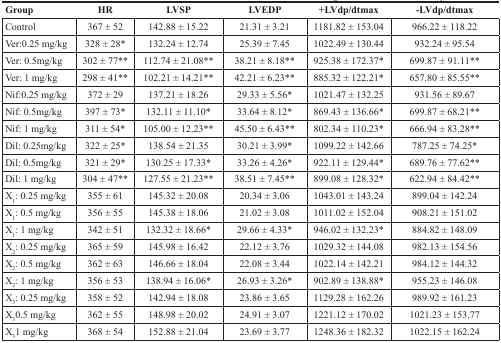
<table><thead><tr><td><b>Group</b></td><td><b>HR</b></td><td><b>LVSP</b></td><td><b>LVEDP</b></td><td><b>+LVdp/dtmax</b></td><td><b>−LVdp/dtmax</b></td></tr></thead><tbody><tr><td>Control</td><td>367 ± 52</td><td>142.88 ± 15.22</td><td>21.31 ± 3.21</td><td>1181.82 ± 153.04</td><td>966.22 ± 118.22</td></tr><tr><td>Ver:0.25 mg/kg</td><td>328 ± 28*</td><td>132.24 ± 12.74</td><td>25.39 ± 7.45</td><td>1022.49 ± 130.44</td><td>932.24 ± 95.54</td></tr><tr><td>Ver: 0.5 mg/kg</td><td>302 ± 77**</td><td>112.74 ± 21.08**</td><td>38.21 ± 8.18**</td><td>925.38 ± 172.37*</td><td>699.87 ± 91.11**</td></tr><tr><td>Ver: 1 mg/kg</td><td>298 ± 41**</td><td>102.21 ± 14.21**</td><td>42.21 ± 6.23**</td><td>885.32 ± 122.21*</td><td>657.80 ± 85.55**</td></tr><tr><td>Nif:0.25 mg/kg</td><td>372 ± 29</td><td>137.21 ± 18.26</td><td>29.33 ± 5.56*</td><td>1021.47 ± 132.25</td><td>931.56 ± 89.67</td></tr><tr><td>Nif: 0.5 mg/kg</td><td>397 ± 73*</td><td>132.11 ± 11.10*</td><td>33.64 ± 8.12*</td><td>869.43 ± 136.66*</td><td>699.87 ± 68.21**</td></tr><tr><td>Nif: 1 mg/kg</td><td>311 ± 54*</td><td>105.00 ± 12.23**</td><td>45.50 ± 6.43**</td><td>802.34 ± 110.23*</td><td>666.94 ± 83.28**</td></tr><tr><td>Dil: 0.25 mg/kg</td><td>322 ± 25*</td><td>138.54 ± 21.35</td><td>30.21 ± 3.99*</td><td>1099.22 ± 142.66</td><td>787.25 ± 74.25*</td></tr><tr><td>Dil: 0.5 mg/kg</td><td>321 ± 29*</td><td>130.25 ± 17.33*</td><td>33.26 ± 4.26*</td><td>922.11 ± 129.44*</td><td>689.76 ± 77.62**</td></tr><tr><td>Dil: 1 mg/kg</td><td>304 ± 47**</td><td>127.55 ± 21.23**</td><td>38.51 ± 7.45**</td><td>899.08 ± 128.32*</td><td>622.94 ± 84.42**</td></tr><tr><td>X<sub>1</sub>: 0.25 mg/kg</td><td>355 ± 61</td><td>145.32 ± 20.08</td><td>20.34 ± 3.06</td><td>1043.01 ± 143.24</td><td>899.04 ± 142.24</td></tr><tr><td>X<sub>1</sub>: 0.5 mg/kg</td><td>356 ± 55</td><td>145.38 ± 18.06</td><td>21.02 ± 3.08</td><td>1011.02 ± 152.04</td><td>908.21 ± 151.02</td></tr><tr><td>X<sub>1</sub>: 1 mg/kg</td><td>342 ± 51</td><td>132.32 ± 18.66*</td><td>29.66 ± 4.33*</td><td>946.02 ± 132.23*</td><td>884.82 ± 148.09</td></tr><tr><td>X<sub>2</sub>: 0.25 mg/kg</td><td>365 ± 59</td><td>145.98 ± 16.42</td><td>22.12 ± 3.76</td><td>1029.32 ± 144.08</td><td>982.13 ± 154.56</td></tr><tr><td>X<sub>2</sub>: 0.5 mg/kg</td><td>362 ± 63</td><td>146.66 ± 18.04</td><td>22.08 ± 3.44</td><td>1022.14 ± 142.21</td><td>984.12 ± 144.32</td></tr><tr><td>X<sub>2</sub>: 1 mg/kg</td><td>356 ± 53</td><td>138.94 ± 16.06*</td><td>26.93 ± 3.26*</td><td>902.89 ± 138.88*</td><td>955.23 ± 146.08</td></tr><tr><td>X<sub>3</sub>: 0.25 mg/kg</td><td>358 ± 52</td><td>142.94 ± 18.08</td><td>23.86 ± 3.65</td><td>1129.28 ± 162.26</td><td>989.92 ± 161.23</td></tr><tr><td>X<sub>3</sub>0.5 mg/kg</td><td>362 ± 55</td><td>148.98 ± 20.02</td><td>24.91 ± 3.07</td><td>1221.12 ± 170.02</td><td>1021.23 ± 153.77</td></tr><tr><td>X<sub>3</sub>1 mg/kg</td><td>368 ± 54</td><td>152.88 ± 21.04</td><td>23.69 ± 3.77</td><td>1248.36 ± 182.32</td><td>1022.15 ± 162.24</td></tr></tbody></table>